system: You are a helpful assistant.
user:
Analyze the provided spectrum to determine if it is a **"Cataclysmic Variables (CV)"**.

- **Key Indicators for CV (Check for either state):**
    - **State 1: Quiescent / Low-State (Emission-Dominated)**
        - **(Primary):** Strong and *very broad* Hydrogen Balmer emission lines (e.g., $H\alpha$ at 6563 Å, $H\beta$ at 4861 Å). The 'broadness' (high velocity dispersion, often FWHM > 1000 km/s) is the key diagnostic, indicating a high-velocity accretion disk.
        - **(Secondary):** Broad neutral Helium (He I) emission lines (e.g., 5876 Å, 6678 Å).
        - **(Key Confirmation):** Presence of high-excitation *ionized* Helium (He II) emission at 4686 Å. This is a strong indicator of accretion onto a white dwarf.
        - **(Line Profile):** Emission lines may exhibit a 'double-peaked' profile, which is a classic signature of a rotating accretion disk viewed at high inclination.

    - **State 2: Outburst / High-State (Absorption-Dominated)**
        - **(Primary):** Spectrum is dominated by a bright, blue continuum (looks like a hot star).
        - **(Secondary):** The emission lines from State 1 are weak, absent, or 'filled in', and are replaced by broad, shallow *absorption* lines (primarily Balmer and He I).
        - **(Morphology):** The overall spectrum mimics a hot B/A-type star. The crucial difference is that the absorption lines are significantly broader, shallower, and more 'washed-out' (or 'smeared') than the sharp lines of a normal stellar photosphere, due to high rotational speeds and pressure broadening in the disk.

Think first, call **spectral_visualization_tool** if needed to examine features in detail, then provide your final answer. Your response must adhere to the following strict rules:
1.  **Overall Structure:** Your response must follow the format `<think>...</think> <tool_call>...</tool_call> (if a tool is used) <answer>...</answer>`.
2.  **Tool Usage Constraint:** You may only make **one** tool call per turn.
3.  **Final Answer Format:** In the `<answer>` tag, your conclusion must be inside a `\boxed{}` command (e.g., `\boxed{YES}`), followed by your justification.

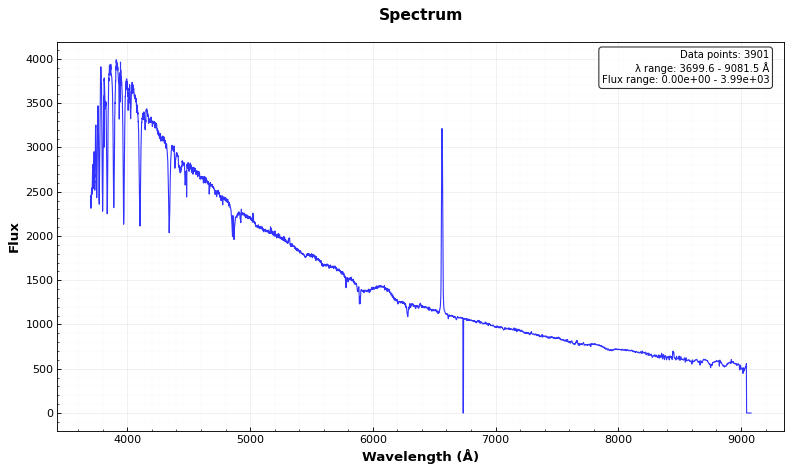
Answer: NO